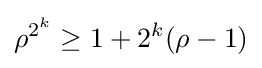
\rho ^{2^{k}}\geq 1+2^{k}(\rho -1)